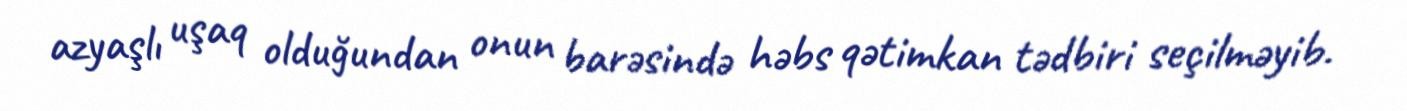
azyaşlı uşaq olduğundan onun barəsində həbs qətimkan tədbiri seçilməyib.